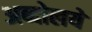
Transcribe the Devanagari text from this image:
अब्दोलये